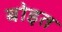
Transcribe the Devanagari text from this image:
बोइत